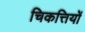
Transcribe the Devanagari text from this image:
चिकत्तियों